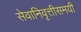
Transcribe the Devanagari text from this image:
सेवानिवृत्तीसमयी